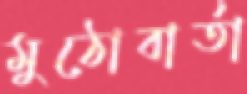
মুঠোবার্তা